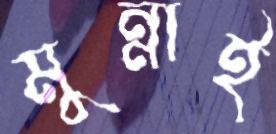
মুন্নাই